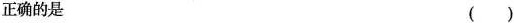
正确的是 ()